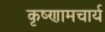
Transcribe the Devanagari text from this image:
कृष्णामचार्य